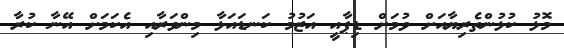
މޮޅު ކުޅުންތެރިޔާއަށް ވުމަށް ޑިޕާއީ އަޒުމު ކަނޑައަޅާ މިންވަރާއި އެކަމަށް އޭނާ ކުރާ